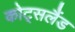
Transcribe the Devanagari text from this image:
कोट्सलैंड